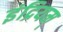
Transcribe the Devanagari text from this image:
इंद्रियम्